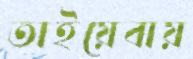
তাইয়েবায়